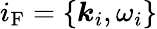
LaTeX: i_{\mathrm{F}}=\{ \boldsymbol{k}_{i},\omega_{i}\}